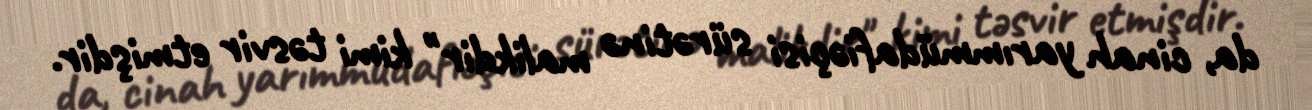
da, cinah yarımmüdafiəçisi sürətinə malikdir" kimi təsvir etmişdir.